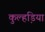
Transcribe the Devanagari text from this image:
कुल्हडि़या